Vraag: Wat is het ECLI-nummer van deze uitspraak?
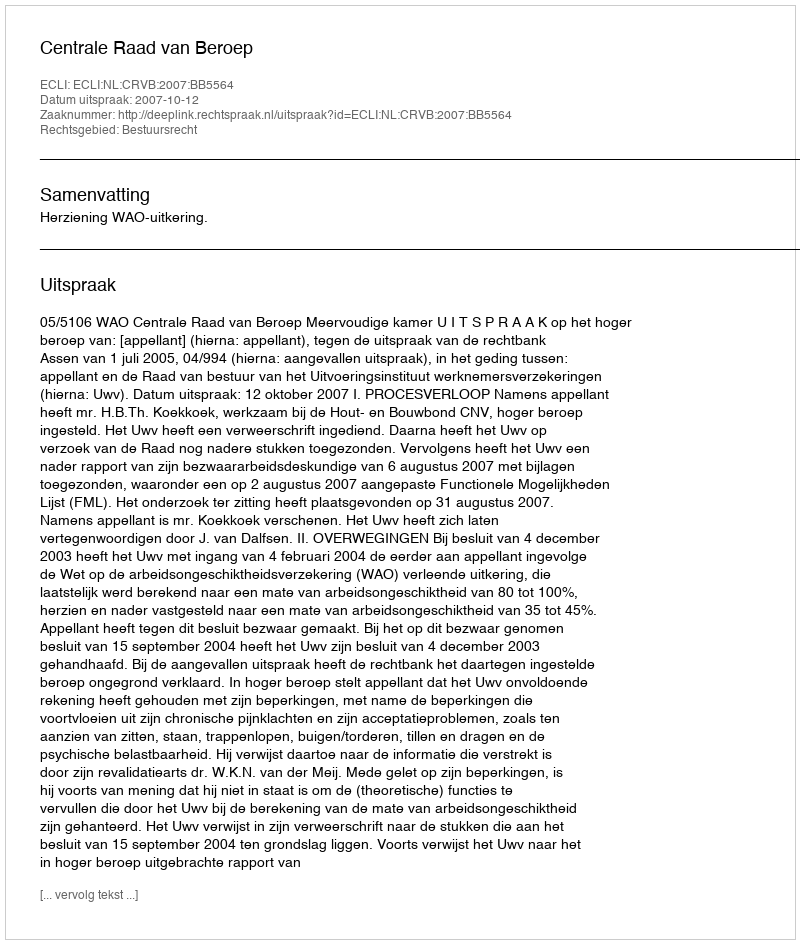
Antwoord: ECLI:NL:CRVB:2007:BB5564